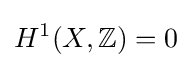
H^{1}(X,\mathbb {Z} )=0